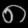
Digit: ၈